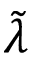
\tilde { \lambda }